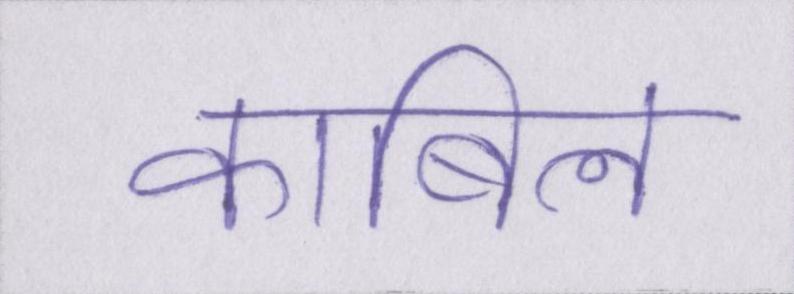
काबिल